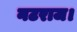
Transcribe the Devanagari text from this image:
नटराज।